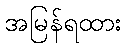
အမြန်ရထား